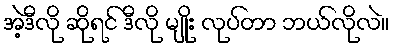
အဲ့ဒီလို ဆိုရင် ဒီလို မျိုး လုပ်တာ ဘယ်လိုလဲ။